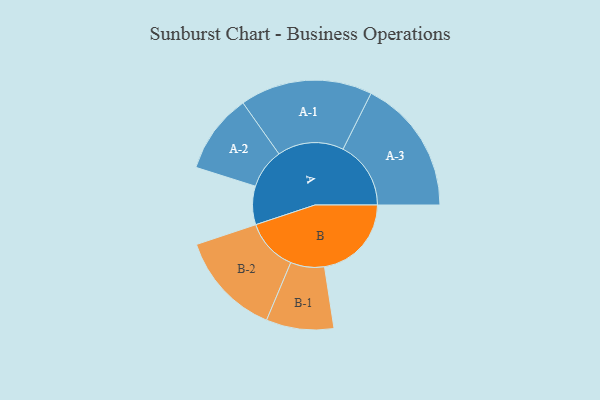
{"axis": {"x": "Segment", "y": "Value"}, "legend": ["", "A", "B"], "data": [{"x": "A", "y": 165, "type": ""}, {"x": "B", "y": 373, "type": ""}, {"x": "A-1", "y": 284, "type": "A"}, {"x": "A-2", "y": 171, "type": "A"}, {"x": "A-3", "y": 291, "type": "A"}, {"x": "B-1", "y": 145, "type": "B"}, {"x": "B-2", "y": 224, "type": "B"}]}